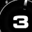
Digit: 3